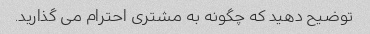
توضیح دهید که چگونه به مشتری احترام می گذارید.